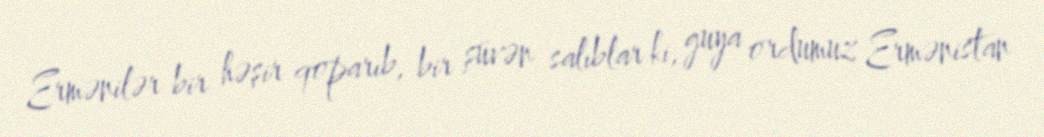
Ermənilər bir həşir qoparıb, bir şüvən salıblar ki, guya ordumuz Ermənistan